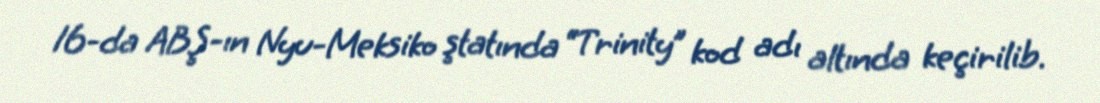
16-da ABŞ-ın Nyu-Meksiko ştatında “Trinity” kod adı altında keçirilib.